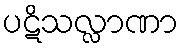
ပဋိသလ္လာဏာ